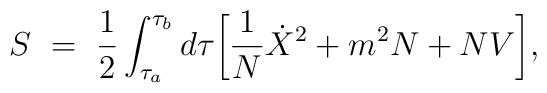
S~=~{1\over 2} \int_{\tau_a}^{\tau_b} d\tau \biggl[ {1\over N}{\dot X}^2 +m^2 N + NV\biggr],